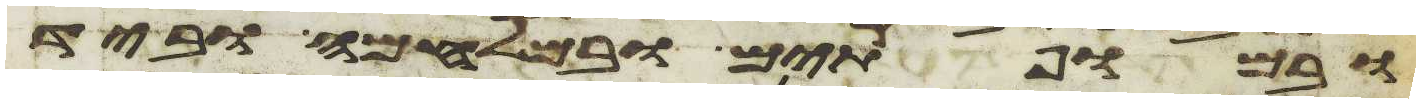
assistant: ובמופתים ובמלחמה וביד